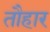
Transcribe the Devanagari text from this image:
तौहार